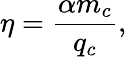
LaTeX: \eta=\frac{\alpha m_{c}}{q_{c}},